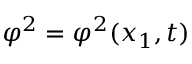
\varphi ^ { 2 } = \varphi ^ { 2 } ( x _ { 1 } , t )